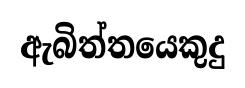
ඇබිත්තයෙකුදු